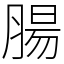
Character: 腸